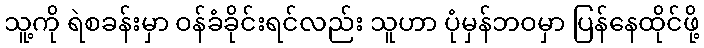
သူ့ကို ရဲစခန်းမှာ ဝန်ခံခိုင်းရင်လည်း သူဟာ ပုံမှန်ဘဝမှာ ပြန်နေထိုင်ဖို့